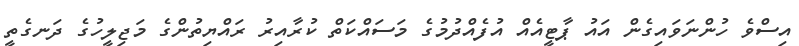
އިސްވެ ހުންނަވައިގެން އައު ޕާޓީއެއް އުފެއްދުމުގެ މަސައްކަތް ކުރާއިރު ރައްޔިތުންގެ މަޖިލީހުގެ ދަނގެތީ